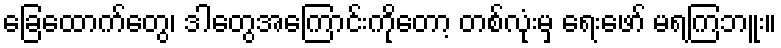
ခြေထောက်တွေ၊ ဒါတွေအကြောင်းကိုတော့ တစ်လုံးမှ ရေးဖော် မရကြဘူး။